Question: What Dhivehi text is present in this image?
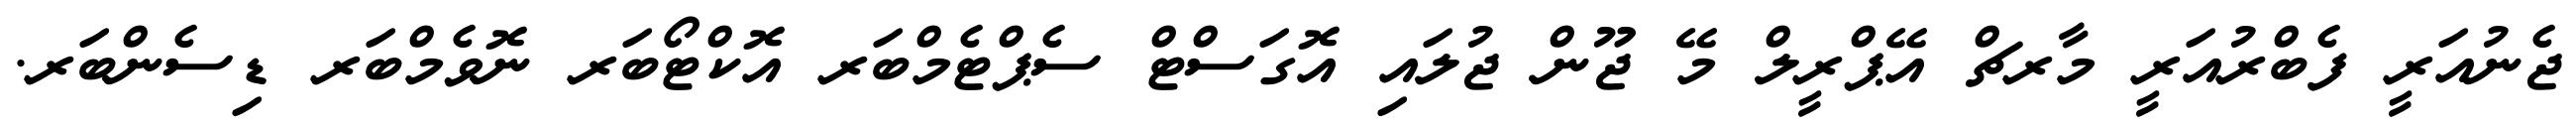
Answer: ޖެނުއަރީ ފެބްރުއަރީ މާރޗް އޭޕްރީލް މޭ ޖޫން ޖުލައި އޮގަސްޓް ސެޕްޓެމްބަރ އޮކްޓޯބަރ ނޮވެމްބަރ ޑިސެންބަރ.